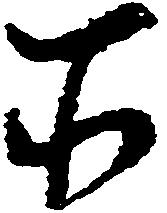
所